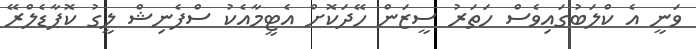
ވަނީ އެ ކްލަބުގައިވެސް ހަތަރު ސީޒަން ހޭދަކޮށް އެޓީމާއެކު ސްޕެނިޝް ލީގު ކޮޕާޑެލްރޭ